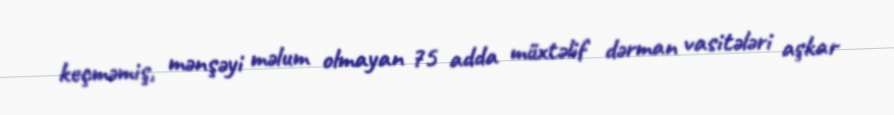
keçməmiş, mənşəyi məlum olmayan 75 adda müxtəlif dərman vasitələri aşkar